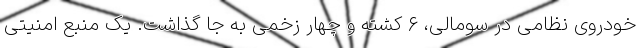
خودروی نظامی در سومالی، ۶ کشته و چهار زخمی به جا گذاشت. یک منبع امنیتی